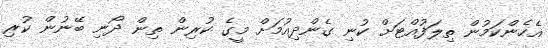
އެހެންކަމުން ތިލަފުއްޓަށް ކުނި ގެންދިއުމަށް މީގެ ކުރިން ތިން ދޯނި ބޭނުން ކުރި